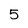
Character: 5